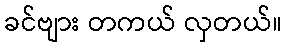
ခင်ဗျား တကယ် လှတယ်။